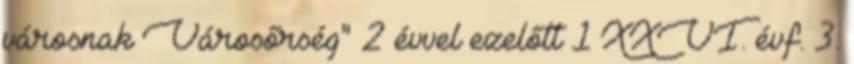
városnak Városőrség" 2 évvel ezelőtt 1 XXVI. évf. 3.